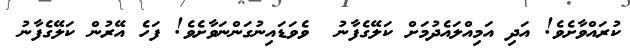
ކުރައްވާށެވެ! އަދި އަމިއްލައެދުމަށް ކަލޭގެފާނު  ވެވަޑައިނުގަންނަވާށެވެ! ފަހެ އޭރުން ކަލޭގެފާނު